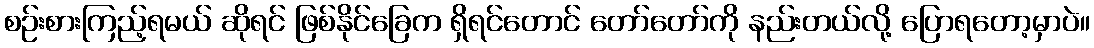
စဉ်းစားကြည့်ရမယ် ဆိုရင် ဖြစ်နိုင်ခြေက ရှိရင်တောင် တော်တော်ကို နည်းတယ်လို့ ပြောရတော့မှာပဲ။